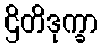
ဌိတိဒုက္ခာ